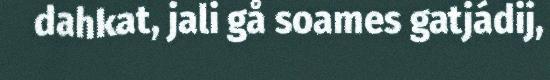
dahkat, jali gå soames gatjádij,